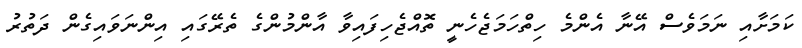
ކަމަށާއި ނަމަވެސް އޭނާ އެންމެ ހިތްހަމަޖެހެނީ ތޮއްޖެހިފައިވާ އާންމުންގެ ތެރޭގައި އިންނަވައިގެން ދަތުރު